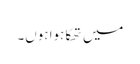
میں تھکا ہوا ہوں۔